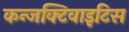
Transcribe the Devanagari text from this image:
कन्जक्टिवाइटिस